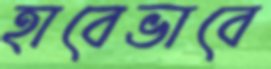
হাবেভাবে